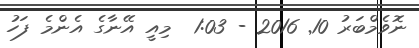
ނޮވެމްބަރު 10